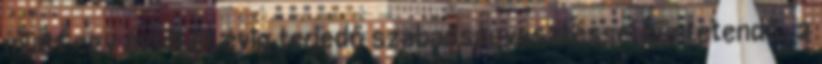
miatt egy évtől öt évig terjedő szabadságvesztéssel büntetendő. 2